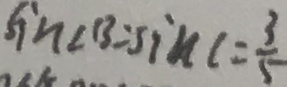
\sin \angle B = \sin \angle C = \frac { 3 } { 5 }